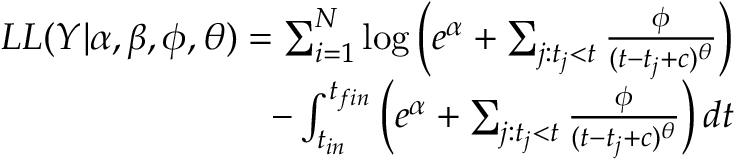
\begin{array} { r } { L L ( Y | \alpha , \beta , \phi , \theta ) = \sum _ { i = 1 } ^ { N } \log \left( e ^ { \alpha } + \sum _ { j : t _ { j } < t } \frac { \phi } { ( t - t _ { j } + c ) ^ { \theta } } \right) } \\ { - \int _ { t _ { i n } } ^ { t _ { f i n } } \left( e ^ { \alpha } + \sum _ { j : t _ { j } < t } \frac { \phi } { ( t - t _ { j } + c ) ^ { \theta } } \right) d t } \end{array}